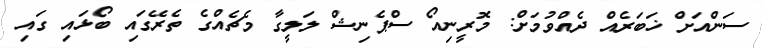
ސަންއަށް ޚަބަރެއް ދެއްވުމަށް: މޮރީނިއޯ ސްޕެނިޝް ލަލީގާ މެޗެއްގެ ތެރޭގައި ބޯޅައި ގައި